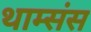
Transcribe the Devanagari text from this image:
थाम्संस